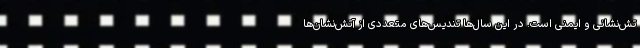
تش‌نشانی و ایمنی است. در این سال‌ها تندیس‌های متعددی از آتش‌نشان‌ها